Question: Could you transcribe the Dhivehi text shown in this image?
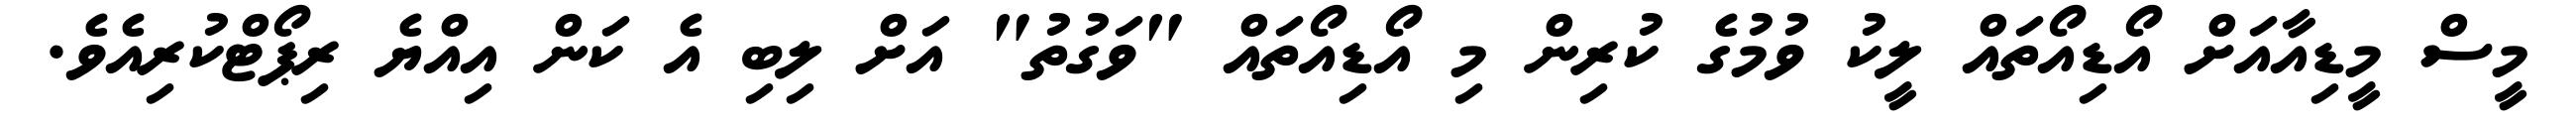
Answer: މީސް މީޑިއާއަށް އޯޑިއޯތައް ލީކު ވުމުގެ ކުރިން މި އޯޑިއޯތައް "ވަގުތު" އަށް ލިބި އެ ކަން އިއްޔެ ރިޕޯޓްކުރިއެވެ.